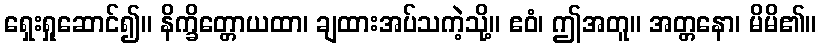
ရှေးရှုဆောင်၍။ နိက္ခိတ္တောယထာ၊ ချထားအပ်သကဲ့သို့။ ဧဝံ၊ ဤအတူ။ အတ္တနော၊ မိမိ၏။